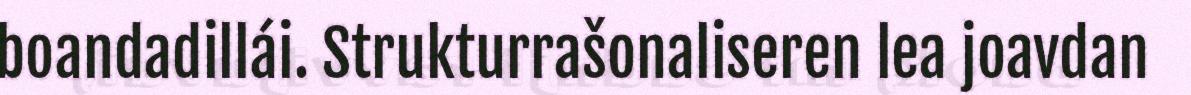
boandadillái. Strukturrašonaliseren lea joavdan